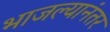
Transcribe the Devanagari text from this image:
भाजल्यानंतर